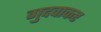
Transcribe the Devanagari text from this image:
गुदवाकर